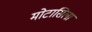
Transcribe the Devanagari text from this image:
मोटासिला